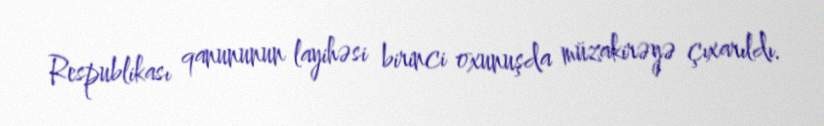
Respublikası qanununun layihəsi birinci oxunuşda müzakirəyə çıxarıldı.